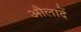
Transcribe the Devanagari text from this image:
औलादें